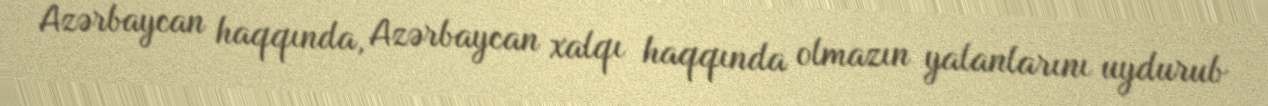
Azərbaycan haqqında, Azərbaycan xalqı haqqında olmazın yalanlarını uydurub